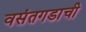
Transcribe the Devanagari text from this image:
वसंतगडाची